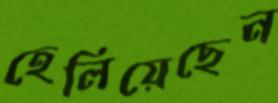
হেলিয়েছেন